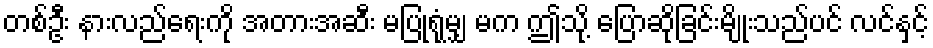
တစ်ဦး နားလည်ရေးကို အတားအဆီး မပြုရုံမျှ မက ဤသို့ ပြောဆိုခြင်းမျိုးသည်ပင် လင်နှင့်